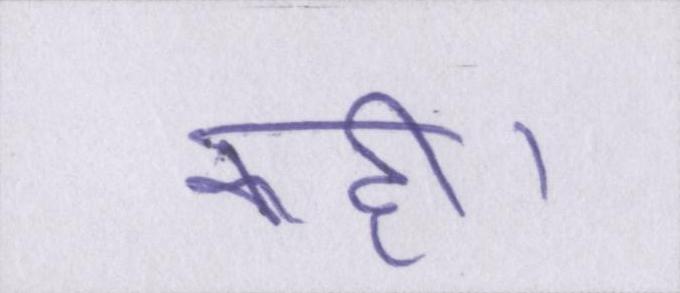
कही।